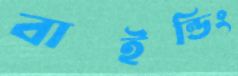
বাইন্ডিং